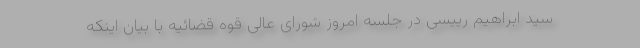
سید ابراهیم رییسی در جلسه امروز شورای عالی قوه قضائیه با بیان اینکه